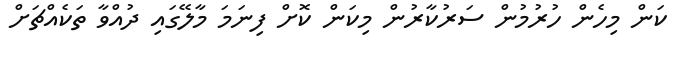
ކަން މިހެން ހުރުމުން ސަރުކާރުން މިކަން ކޮށް ފިނަމަ މާލޭގައި ދުއްވާ ތަކެއްޗަށް